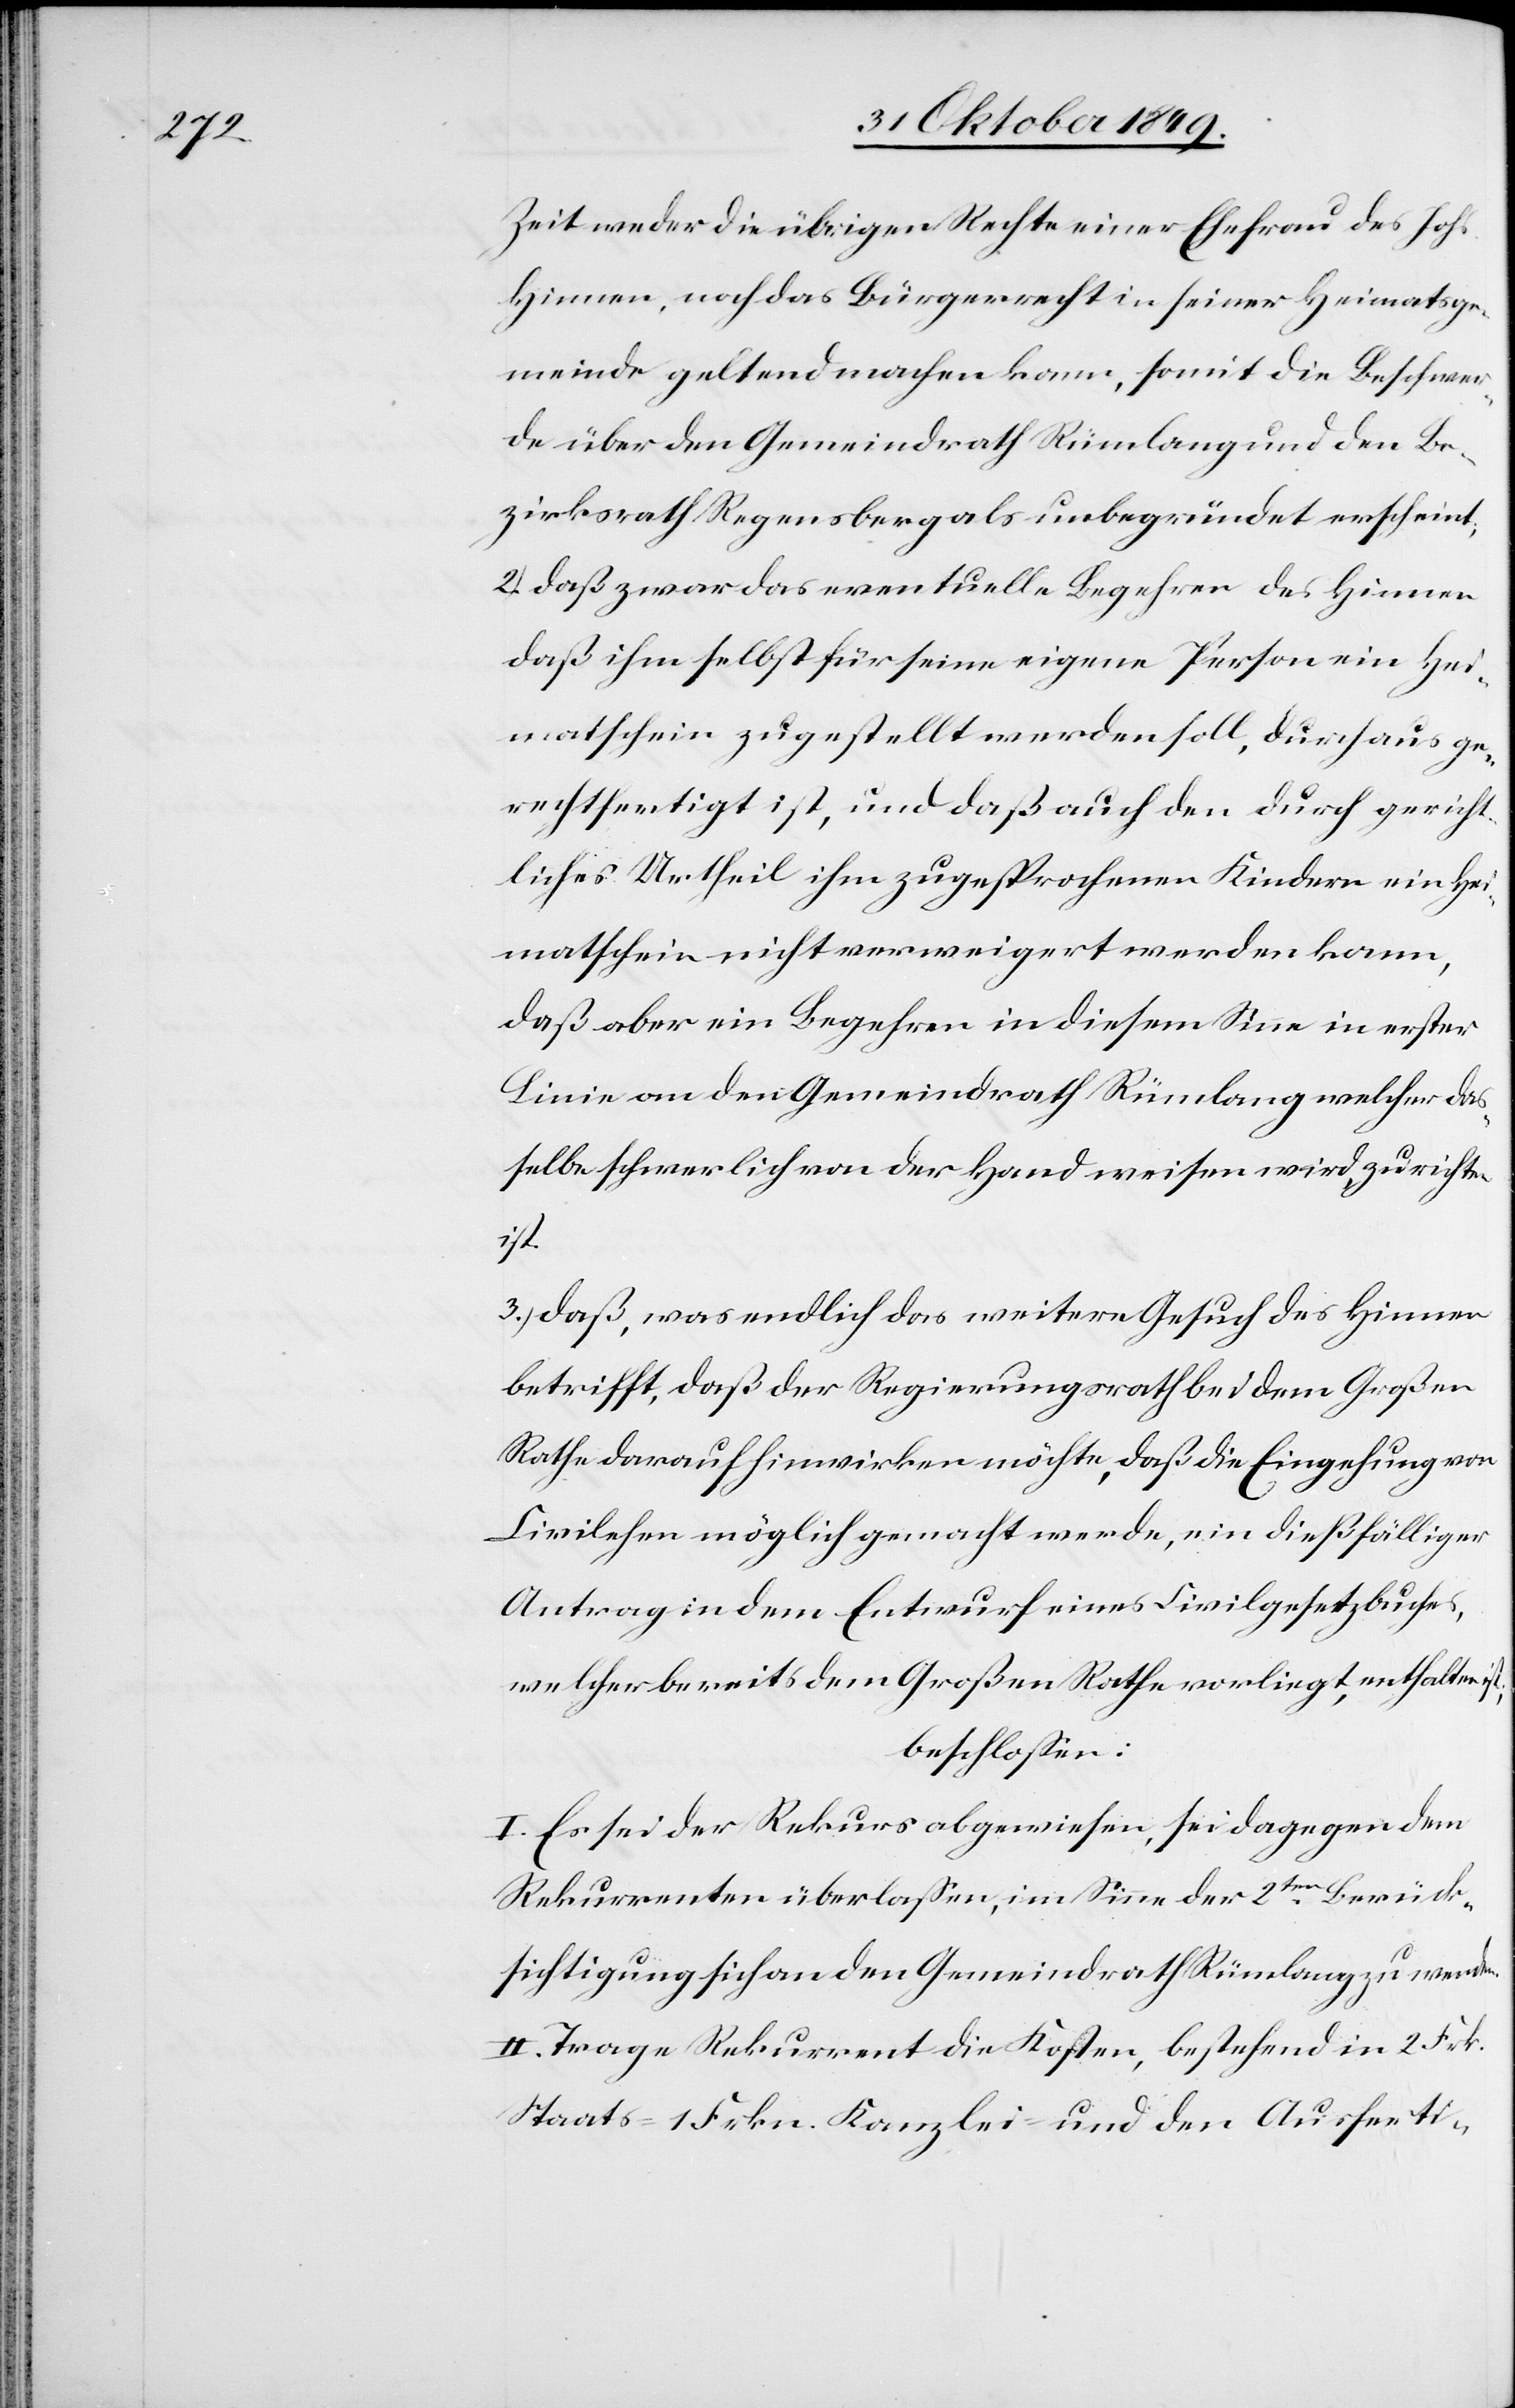
Zeit weder die übrigen Rechte einer Ehefrau des Johs.
Hinnen, noch das Bürgerrecht in seiner Heimatge¬
meinde geltend machen kann, somit die Beschwer¬
de über den Gemeindrath Rümlang und den Be¬
zirksrath Regensberg als unbegründet erscheint;
2.) daß zwar das eventuelle Begehren des Hinnen
daß ihm selbst für seine eigene Person ein Hei¬
matschein zugestellt werden soll, durchaus ge¬
rechtfertigt ist, und daß auch den durch gericht¬
liches Urtheil ihm zugesprochenen Kindern ein Hei¬
matschein nicht verweigert werden kann,
daß aber ein Begehren in diesem Sinne in erster
Linie an den Gemeindrath Rümlang welcher das¬
selbe schwerlich von der Hand weisen wird, zu richten
ist;
3.) daß, was endlich das weitere Gesuch des Hinnen
betrifft, daß der Regierungsrath bei dem Großen
Rathe darauf hinwirken möchte, daß die Eingehung von
Civilehen möglich gemacht werde, ein dießfälliger
Antrag in dem Entwurf eines Civilgesetzbuches,
welcher bereits dem Großen Rathe vorliegt, enthalten
beschloßen:
I. Es sei der Rekurs abgewiesen, sei dagegen dem
Rekurrenten überlaßen, im Sinne der 2ten Berück¬
sichtigung sich an den Gemeindrath Rümlang zu wenden.
II. Trage Rekurrent die Kosten, bestehend in 2 Frk.
Staats- 1 Frkn. Kanzlei- und den Ausferti-